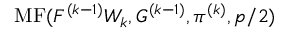
\operatorname { M F } ( F ^ { ( k - 1 ) } W _ { k } , G ^ { ( k - 1 ) } , \pi ^ { ( k ) } , p / 2 )